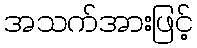
အသက်အားဖြင့်